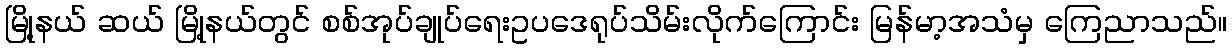
မြို့နယ် ဆယ် မြို့နယ်တွင် စစ်အုပ်ချုပ်ရေးဥပဒေရုပ်သိမ်းလိုက်ကြောင်း မြန်မာ့အသံမှ ကြေညာသည်။